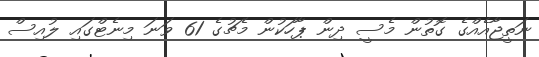
ނަތީޖާއެއްގެ ގޮތުން މެސީ ދިން ޕާހަކުން މެޗުގެ 61 ވަނަ މިނެޓްގައި ލުއިސް